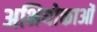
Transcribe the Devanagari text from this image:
अभियोक्ताओं